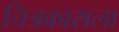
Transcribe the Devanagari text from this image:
चित्रकाराला